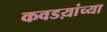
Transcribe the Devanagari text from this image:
कवडय़ांच्या